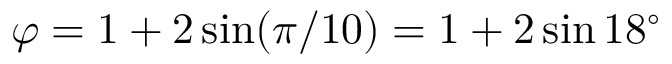
\varphi = 1 + 2 \sin ( \pi / 1 0 ) = 1 + 2 \sin 1 8 ^ { \circ }